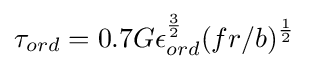
\tau _{ord}=0.7G\epsilon _{ord}^{\frac {3}{2}}(fr/b)^{\frac {1}{2}}